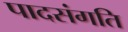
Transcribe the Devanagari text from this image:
पादसंगति